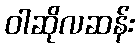
ဝါဆိုလဆန်း